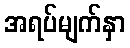
အရပ်မျက်နှာ